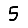
Digit: 5